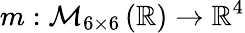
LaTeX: m:\mathcal{M}_{6\times 6}\left(\mathbb{R}\right)\to\mathbb{R}^{4}